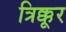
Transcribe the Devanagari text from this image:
त्रिक्कूर